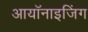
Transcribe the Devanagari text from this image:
आयॉनाइजिंग